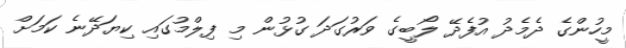
މީހުންގެ ދެމެދު އުފެދޭ ލޯބީގެ ވަރުގަދަ ގުޅުން މި ފިލްމުގައި ކިޔަދޭނެ ކަމަށް